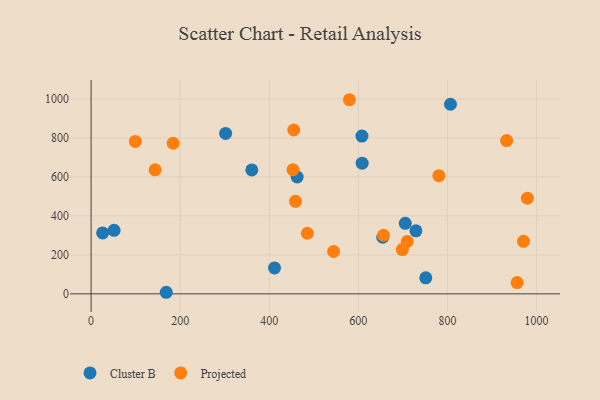
{"axis": {"x": "Engine Size", "y": "Profit"}, "legend": ["Cluster B", "Projected"], "data": [{"x": "806.8", "y": 972.7, "type": "Cluster B"}, {"x": "462.6", "y": 599.5, "type": "Cluster B"}, {"x": "608.5", "y": 670.3, "type": "Cluster B"}, {"x": "51.6", "y": 325.7, "type": "Cluster B"}, {"x": "168.7", "y": 8.1, "type": "Cluster B"}, {"x": "302.0", "y": 823.1, "type": "Cluster B"}, {"x": "654.7", "y": 290.4, "type": "Cluster B"}, {"x": "729.2", "y": 323.6, "type": "Cluster B"}, {"x": "608.0", "y": 809.3, "type": "Cluster B"}, {"x": "360.8", "y": 635.7, "type": "Cluster B"}, {"x": "705.3", "y": 361.7, "type": "Cluster B"}, {"x": "411.8", "y": 133.2, "type": "Cluster B"}, {"x": "25.9", "y": 312.7, "type": "Cluster B"}, {"x": "751.3", "y": 82.2, "type": "Cluster B"}, {"x": "970.7", "y": 269.7, "type": "Projected"}, {"x": "698.7", "y": 227.4, "type": "Projected"}, {"x": "544.4", "y": 217.4, "type": "Projected"}, {"x": "143.7", "y": 636.2, "type": "Projected"}, {"x": "932.9", "y": 786.3, "type": "Projected"}, {"x": "780.7", "y": 606.2, "type": "Projected"}, {"x": "184.2", "y": 772.8, "type": "Projected"}, {"x": "579.8", "y": 996.0, "type": "Projected"}, {"x": "99.4", "y": 782.0, "type": "Projected"}, {"x": "455.0", "y": 840.7, "type": "Projected"}, {"x": "485.5", "y": 311.0, "type": "Projected"}, {"x": "453.2", "y": 637.2, "type": "Projected"}, {"x": "956.4", "y": 58.0, "type": "Projected"}, {"x": "709.7", "y": 268.7, "type": "Projected"}, {"x": "458.8", "y": 474.6, "type": "Projected"}, {"x": "979.4", "y": 491.1, "type": "Projected"}, {"x": "656.5", "y": 300.7, "type": "Projected"}]}